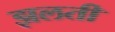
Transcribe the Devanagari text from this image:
झलती